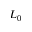
L _ { 0 }